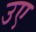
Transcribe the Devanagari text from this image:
उए